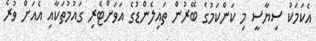
އެކަމަކު ސިޔާސީ މި ކަންކަމުގެ ބޭރުން ތައިލެންޑުގެ އަވަށްޓެރި ގައުމުތަކާއި އެއަށް ވުރެ